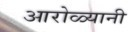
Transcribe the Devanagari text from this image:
आरोळ्यानी